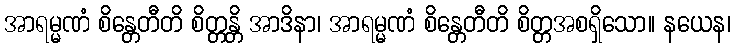
အာရမ္မဏံ စိန္တေတီတိ စိတ္တန္တိ အာဒိနာ၊ အာရမ္မဏံ စိန္တေတီတိ စိတ္တအစရှိသော။ နယေန၊